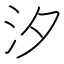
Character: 汐